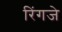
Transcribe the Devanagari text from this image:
रिंगजे